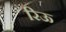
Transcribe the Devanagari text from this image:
रिऊ